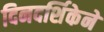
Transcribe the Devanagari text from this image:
दिनदर्शिकेने